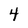
Character: 4